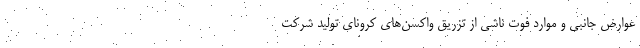
عوارض جانبی و موارد فوت ناشی از تزریق واکسن‌های کرونای تولید شرکت